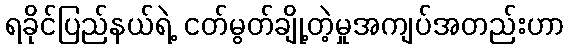
ရခိုင်ပြည်နယ်ရဲ့ ငတ်မွတ်ချို့တဲ့မှုအကျပ်အတည်းဟာ